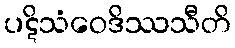
ပဋိသံဝေဒိဿသီတိ